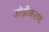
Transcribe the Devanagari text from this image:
जोड़ीकरण